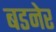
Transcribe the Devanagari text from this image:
बडनेर